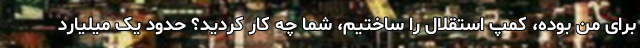
برای من بوده، کمپ استقلال را ساختیم، شما چه کار کردید؟ حدود یک میلیارد